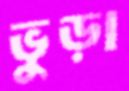
ভুড়া